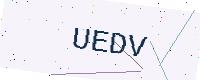
Text: UEDV